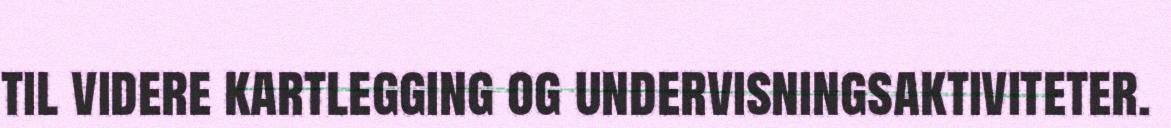
til videre kartlegging og undervisningsaktiviteter.